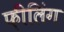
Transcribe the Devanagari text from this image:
फ़ीलिंग